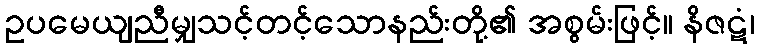
ဥပမေယျညီမျှသင့်တင့်သောနည်းတို့၏ အစွမ်းဖြင့်။ နိဇဋံ၊